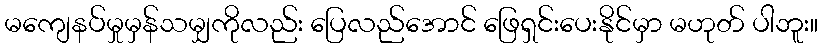
မကျေနပ်မှုမှန်သမျှကိုလည်း ပြေလည်အောင် ဖြေရှင်းပေးနိုင်မှာ မဟုတ် ပါဘူး။